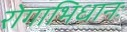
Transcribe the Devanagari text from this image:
रोगाभिधानः